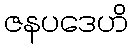
ဇနပဒေဟိ